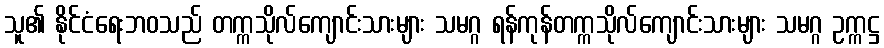
သူ၏ နိုင်ငံရေးဘဝသည် တက္ကသိုလ်ကျောင်းသားများ သမဂ္ဂ ရန်ကုန်တက္ကသိုလ်ကျောင်းသားများ သမဂ္ဂ ဥက္ကဋ္ဌ